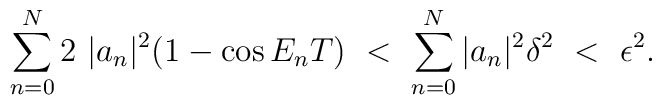
\sum_{n=0}^{N} 2 \ |a_n|^2 (1 - \cos E_n T) \ <\ \sum_{n=0}^{N} |a_n|^2\delta^2 \ < \ \epsilon^2.